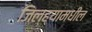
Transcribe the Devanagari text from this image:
जिल्‍ह्यामधील